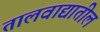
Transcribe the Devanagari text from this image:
तालवाद्यातील